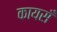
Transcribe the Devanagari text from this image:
कायसँ